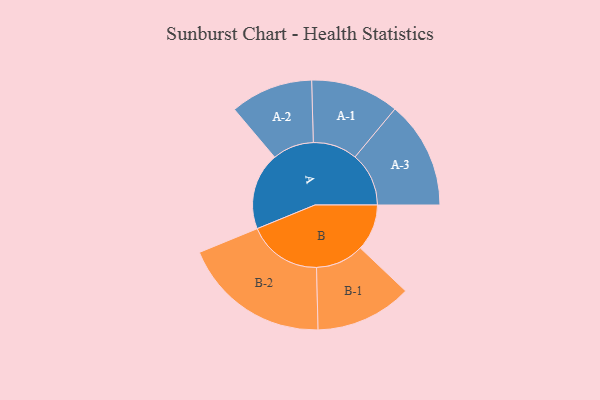
{"axis": {"x": "Segment", "y": "Value"}, "legend": ["", "A", "B"], "data": [{"x": "A", "y": 267, "type": ""}, {"x": "B", "y": 161, "type": ""}, {"x": "A-1", "y": 153, "type": "A"}, {"x": "A-2", "y": 143, "type": "A"}, {"x": "A-3", "y": 186, "type": "A"}, {"x": "B-1", "y": 167, "type": "B"}, {"x": "B-2", "y": 256, "type": "B"}]}